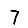
Digit: 7